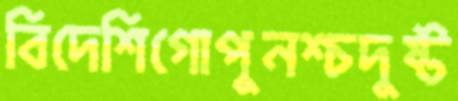
বিদেশিগোপুনশ্চদুষ্ট